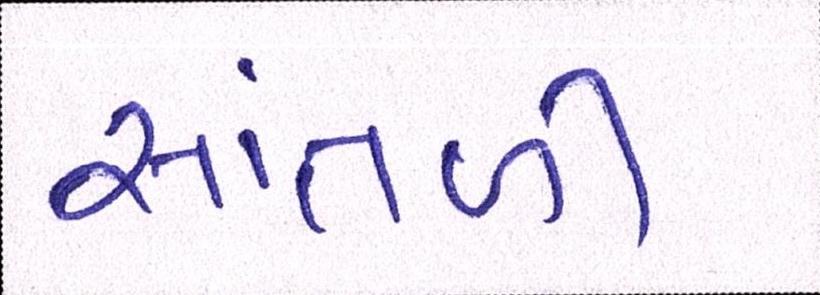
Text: સાંતળી